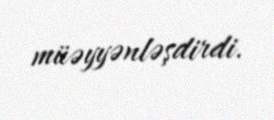
müəyyənləşdirdi.